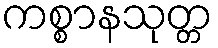
ကစ္စာနသုတ္တ